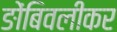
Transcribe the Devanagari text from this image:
ङोंबिवलीकर